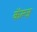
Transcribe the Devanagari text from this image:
कॅल्ज़